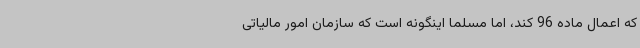
که اعمال ماده 96 کند، اما مسلما اینگونه است که سازمان امور مالیاتی